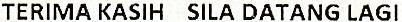
TERIMA KASIH SILA DATANG LAGI